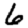
Digit: 6